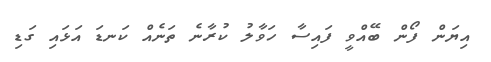
އިޔަން ފޯން ބޭއްވީ ފައިސާ ހަވާލު ކުރާނެ ތަނެއް ކަނޑަ އަޅައި ގަޑި